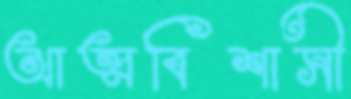
আত্মবিশাসী